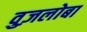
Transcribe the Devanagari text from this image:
वुज़लोबा